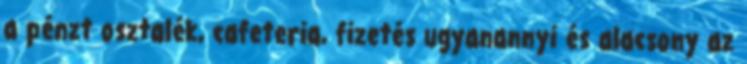
a pénzt osztalék, cafeteria, fizetés ugyanannyi és alacsony az